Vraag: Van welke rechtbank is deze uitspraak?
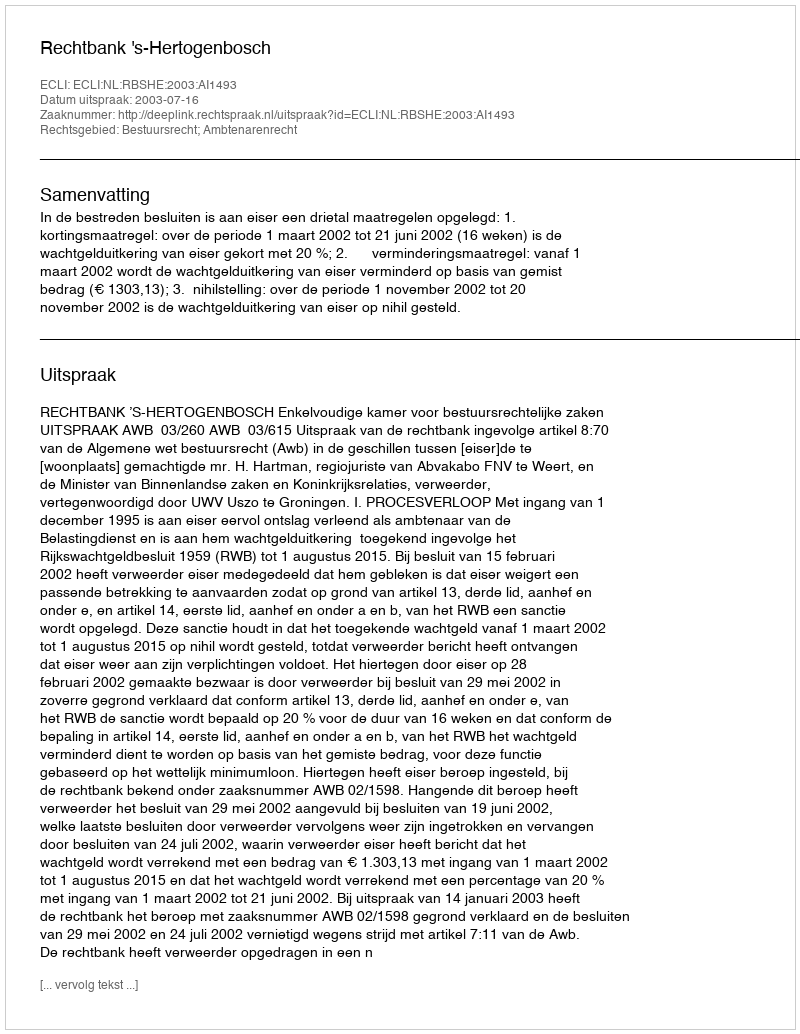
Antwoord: Rechtbank 's-Hertogenbosch